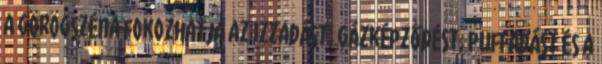
A görögszéna fokozhatja az izzadást, gázképződést, puffadást és a